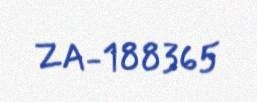
ZA-188365